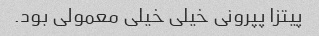
پیتزا پپرونی خیلی خیلی معمولی بود.